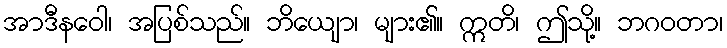
အာဒီနဝေါ၊ အပြစ်သည်။ ဘိယျော၊ များ၏။ ဣတိ၊ ဤသို့။ ဘဂဝတာ၊